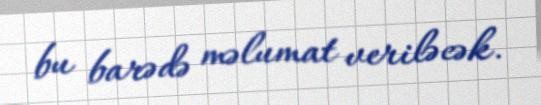
bu barədə məlumat veriləcək.